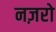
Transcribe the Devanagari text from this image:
नज़रो